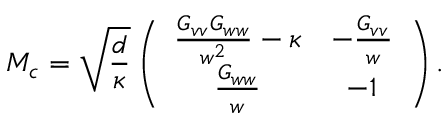
M _ { c } = \sqrt { \frac { d } { \kappa } } \left( \begin{array} { c c } { \frac { G _ { v v } G _ { w w } } { w ^ { 2 } } - \kappa } & { - \frac { G _ { v v } } { w } } \\ { \frac { G _ { w w } } { w } } & { - 1 } \end{array} \right) .